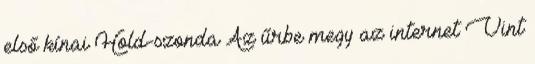
első kínai Hold-szonda Az űrbe megy az internet Vint